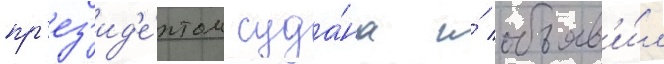
пр'ез'ид'е́нтом суда́на и́ объяв'и́л